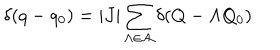
\delta ( q - q _ { 0 } ) = \vert J \vert \sum _ { \Lambda \in { \cal A } } \delta ( Q - \Lambda Q _ { 0 } )